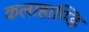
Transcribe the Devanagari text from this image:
कलाहाण्डि